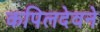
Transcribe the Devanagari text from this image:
कपिलदेवने